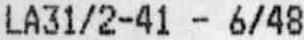
LA31/2-41 - 6/48